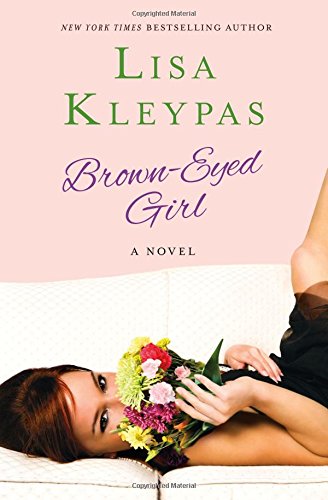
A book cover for Brown-Eyed Girl: A Novel; Lisa Kleypas; Romance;